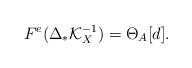
LaTeX: \begin{align*}F^{e}(\Delta_*\mathcal{K}_X^{-1})=\Theta_{A}[d].\end{align*}